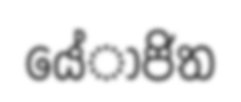
යේාජිත